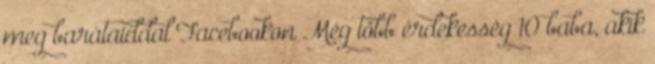
meg barátaiddal Facebookon Még több érdekesség 10 baba, akik